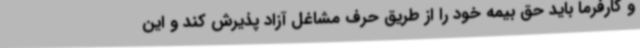
و کارفرما باید حق بیمه خود را از طریق حرف مشاغل آزاد پذیرش کند و این